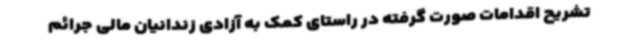
تشریح اقدامات صورت گرفته در راستای کمک به آزادی زندانیان مالی جرائم